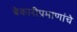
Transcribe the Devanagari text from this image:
बेकारीप्रमाणांचे